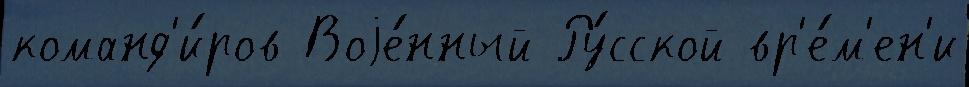
команд'и́ров Воjе́нный Ру́сской вр'е́м'ен'и